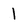
Character: 1